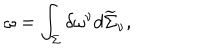
\omega = \int _ { \Sigma } \delta \omega ^ { \nu } d \widetilde { \Sigma } _ { \nu } ,